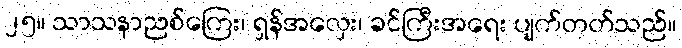
၂၅။ သာသနာညစ်ကြေး၊ ရှန်အလှေး၊ ခင်ကြီးအရေး ပျက်တတ်သည်။